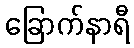
ခြောက်နာရီ